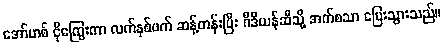
အော်ဟစ် ငိုကြွေးကာ လက်နှစ်ဖက် ဆန့်တန်းပြီး ဂီဒီယန်ဆီသို့ အက်စသာ ပြေးသွားသည်။